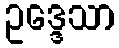
ဥဒ္ဒေသာ